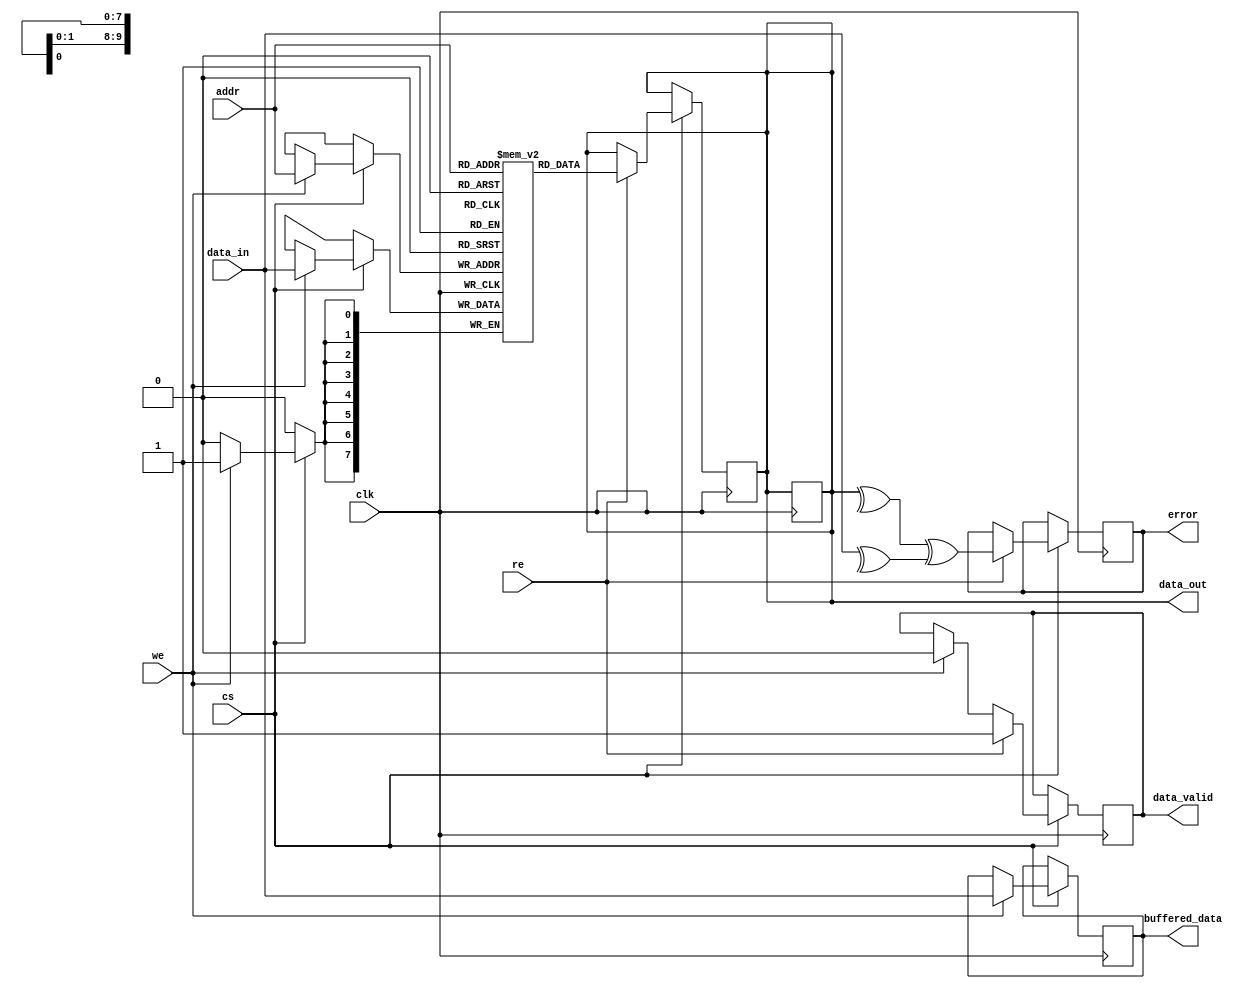
module mram_io_block #(
    parameter DATA_WIDTH = 8, // Configurable data width (8, 16, 32 bits)
    parameter ADDR_WIDTH = 10  // Address width for the MRAM
)(
    input  wire clk,           // Clock input
    input  wire cs,            // Chip Select
    input  wire we,            // Write Enable
    input  wire re,            // Read Enable
    input  wire [ADDR_WIDTH-1:0] addr, // Address input
    input  wire [DATA_WIDTH-1:0] data_in, // Data input
    output reg  [DATA_WIDTH-1:0] data_out, // Data output
    output reg  data_valid,     // Data valid signal
    output reg  error,          // Error signal for data integrity
    output reg  [DATA_WIDTH-1:0] buffered_data // Buffer for data integrity
);

    // Internal signal for data storage
    reg [DATA_WIDTH-1:0] mram_memory [0:(1 << ADDR_WIDTH)-1];

    // Latch for capturing data on write
    always @(posedge clk) begin
        if (cs) begin
            if (we) begin
                mram_memory[addr] <= data_in; // Write operation
                buffered_data <= data_in; // Buffer the data written
                data_valid <= 1'b0; // Data is not valid until read
            end
            if (re) begin
                data_out <= mram_memory[addr]; // Read operation
                data_valid <= 1'b1; // Data is valid
                // Simple parity check (error detection)
                error <= ^data_out ^ ^data_in; // Example: XOR for parity comparison
            end
        end
    end

    // Power Management (example low power mode)
    reg low_power_mode;
    always @(posedge clk) begin
        if (cs && !we && !re) begin
            low_power_mode <= 1'b1; // Enter low power mode when idle
        end else begin
            low_power_mode <= 1'b0; // Exit low power mode during active operations
        end
    end

    // ESD protection and isolation logic (simplified)
    wire isolated_signal = cs ? 1'bz : 1'b0; // Isolate when not selected

    // Output handling (register data out only if valid)
    always @(posedge clk) begin
        if (data_valid) begin
            // Register the output data if valid
            data_out <= data_out;
        end
    end

endmodule